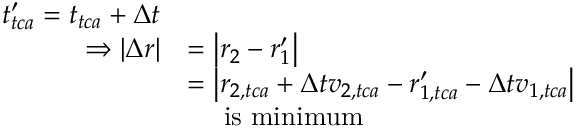
\begin{array} { r l } { t _ { t c a } ^ { \prime } = t _ { t c a } + \Delta t } \\ { \Rightarrow \left| \Delta \boldsymbol { r } \right| } & { = \left| \boldsymbol { r } _ { 2 } - \boldsymbol { r } _ { 1 } ^ { \prime } \right| } \\ & { = \left| \boldsymbol { r } _ { 2 , t c a } + \Delta t \boldsymbol { v } _ { 2 , t c a } - \boldsymbol { r } _ { 1 , t c a } ^ { \prime } - \Delta t \boldsymbol { v } _ { 1 , t c a } \right| } \\ & { \mathrm { \quad ~ i s ~ m i n i m u m } } \end{array}